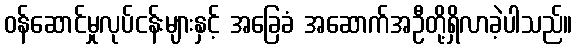
ဝန်ဆောင်မှုလုပ်ငန်းများနှင့် အခြေခံ အဆောက်အဦတို့ရှိလာခဲ့ပါသည်။